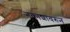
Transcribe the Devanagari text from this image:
नकाशावरुन